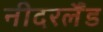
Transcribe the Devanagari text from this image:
नीदरर्लैंड